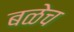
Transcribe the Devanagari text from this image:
बळेच